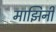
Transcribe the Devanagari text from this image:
माझिनी